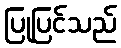
ပြုပြင်သည်